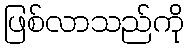
ဖြစ်လာသည်ကို